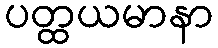
ပတ္ထယမာနာ